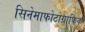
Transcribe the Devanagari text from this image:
सिनेमाफोटोग्राफिक